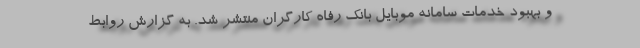
و بهبود خدمات سامانه موبایل بانک رفاه کارگران منتشر شد. به گزارش روابط